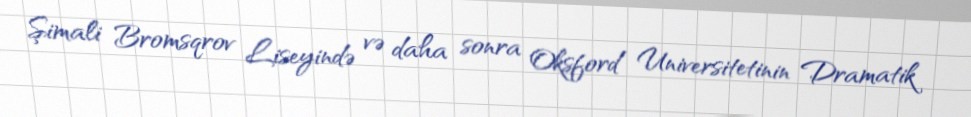
Şimali Bromsqrov Liseyində və daha sonra Oksford Universitetinin Dramatik